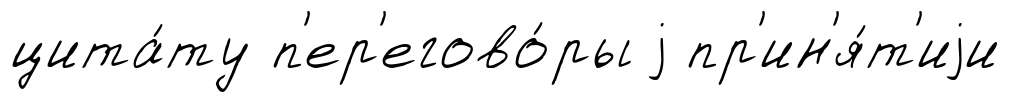
цита́ту п'ер'егово́ры j пр'ин'я́т'иjи